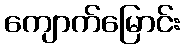
ကျောက်မြောင်း